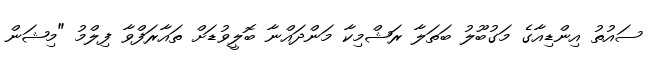
ސައުތު އިންޑިއާގެ މަގުބޫލު ބަތަލާ ރަޝްމިކާ މަންދައްނާ ބޮލީވުޑަށް ތައާރަފްވާ ފިލްމު "މިޝަން